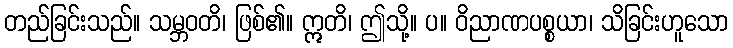
တည်ခြင်းသည်။ သမ္ဘဝတိ၊ ဖြစ်၏။ ဣတိ၊ ဤသို့။ ပ။ ဝိညာဏပစ္စယာ၊ သိခြင်းဟူသော